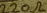
Text: 220Ω